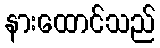
နားထောင်သည်